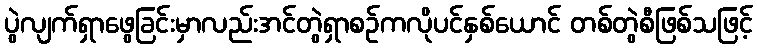
ပွဲလျက်ရှာဖွေခြင်းမှာလည်းအင်တွဲရှာစဉ်ကလိုပင်နှစ်ယောင် တစ်တွဲစီဖြစ်သဖြင့်